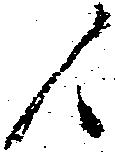
候